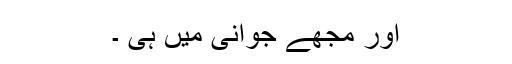
اور مجھے جوانی میں ہی ۔